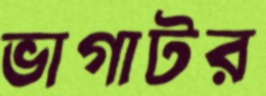
ভাগাটর